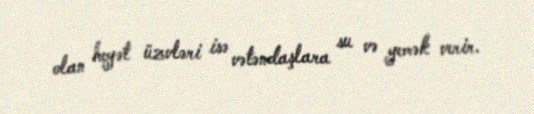
olan heyət üzvləri isə vətəndaşlara su və yemək verir.